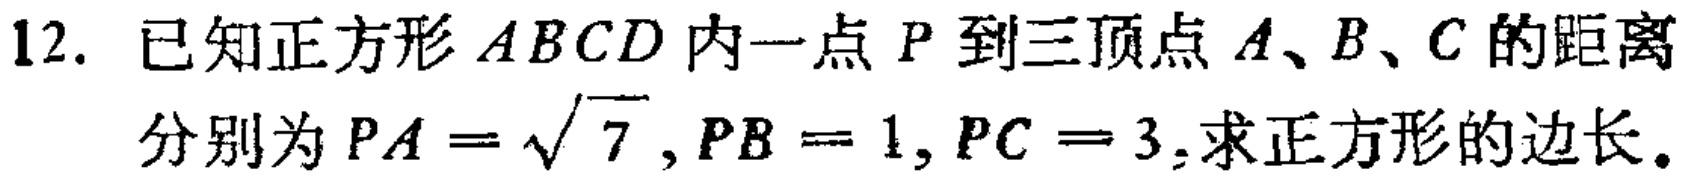
12. 已知正方形\(ABCD\)内一点\(P\)到三顶点\(A、B、C\)的距离分别为\(PA = \sqrt{7}, PB = 1, PC = 3\),求正方形的边长。